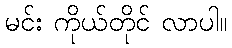
မင်း ကိုယ်တိုင် လာပါ။